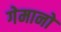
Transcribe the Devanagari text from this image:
गेमानो